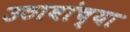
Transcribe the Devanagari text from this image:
उठावांच्या